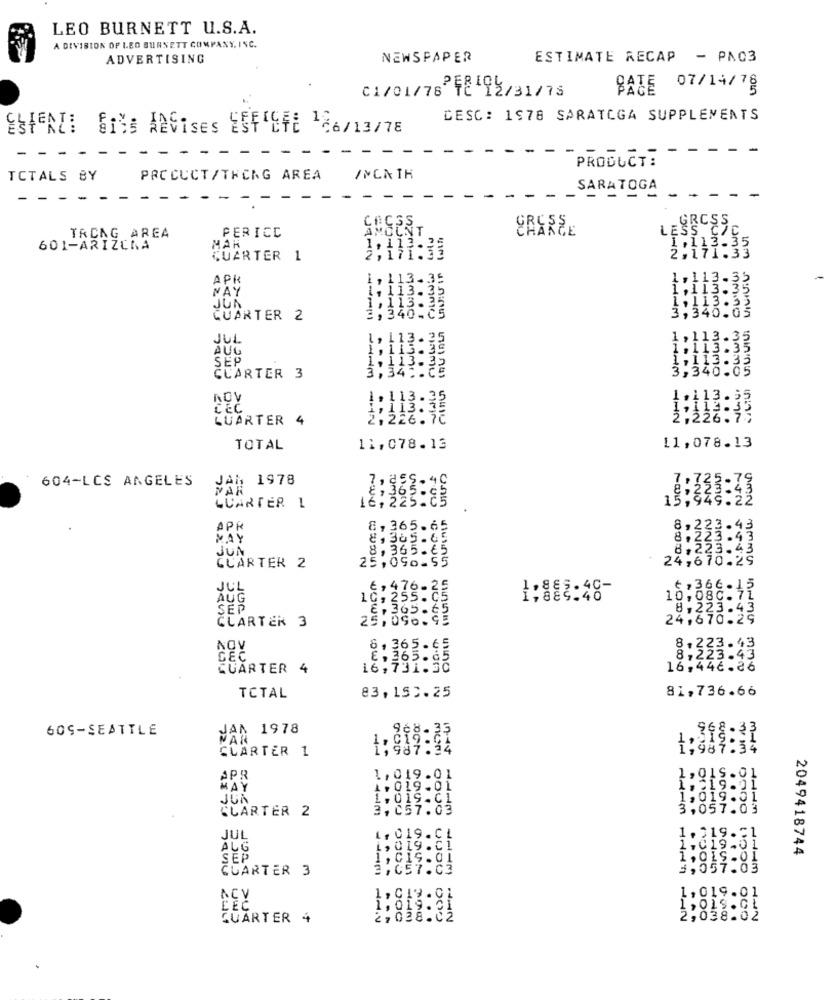
LEO BURNETT U.S.A.
A DIVISION OF LEO BURNETT COMPANY, INC.
ADVERTISING
NEWSPAPER
ESTIMATE RECAP - PAC3
SATE
07/14/78
C1/01/76 72 12/31/78
DESC: 1978 SARATOGA SUPPLEMENTS
ESTERZ: Giss ANVises ESFEFE -66/13/78
PRODUCT:
TCTALS BY
PRODUCT /THING AREA
INCATH
SARATOGA
- -
- -
GROSS
LESS CIC
TRONG AREA
PERICC
601-ARIZONA
1.113.35
CUARTER 1
2,171:33
2,171.33
APR
, 113.3
1,113.35
NAY
1, 113- 32
1,113.35
JUN
1, 113.2
, 346.05
.113.32
QUARTER 2
3,340.05
HUI
JUL
1, 113.3
1 , 1
113.3
AUG
1.11
3.3
SEP
1,115.3
1,113
1. 113- 22
3,340.05
32
CUARTER 3
1. 113. 35
1,113:32
LUARTER 4
, 226.
TOTAL
11,078.13
11,078.13
ANN
604-LOS ANGELES
JAN 1978
8 : 323 :8
:563: 48
JON
GUARTER L
-
APR
8, 365.65
8,223.43
MAY
8, 3a5.6
8,22
.223.43
JUN
8,365.65
8,223.43
25,090-55
24,670.29
GUARTER 2
JUL
6, 476.25
, 366 -12
AUG
10,255.C
, 8 82 - 48
10,080
SEP
£, 365. 65
8,223.43
CLARTER 3
25,090.95
24,670.29
, 365 .65
8. 223.43
CEČ
E, 365. 65
8,223.43
CUARTER 4
16,731.50
16,446.26
83,150.25
81,736.66
TOTAL
60S-SEATTLE
JAN 1978
968.33
MAN
CLARTER 1
--
1,987:32
.01
APR
1, 019.01
4,019.01
JUK
1. 019 . C]
CLARTER 2
3,057.03
.O
....
--- in
OCCHI
JUL
1, 019.CL
AUG
1, 019.Ci
2049418744
SEP
1,c15.0i
CUARTER 3
2,057.03
....
11-3
...
0100 0000
NCV
QUARTER 4
--
0.0000
...
000